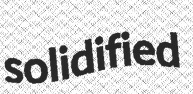
solidified